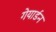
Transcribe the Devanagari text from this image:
गेयार्डन